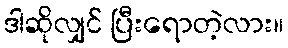
ဒါဆိုလျှင် ပြီးရောတဲ့လား။